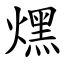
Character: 㷵